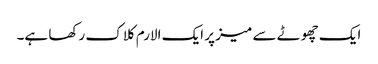
ایک چھوٹے سے میز پر ایک الارم کلاک رکھا ہے۔